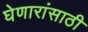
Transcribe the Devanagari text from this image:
घेणारांसाठी